Senior Leaving Certificate Examination (including Day School Certificate (Higher) General paper), 1946
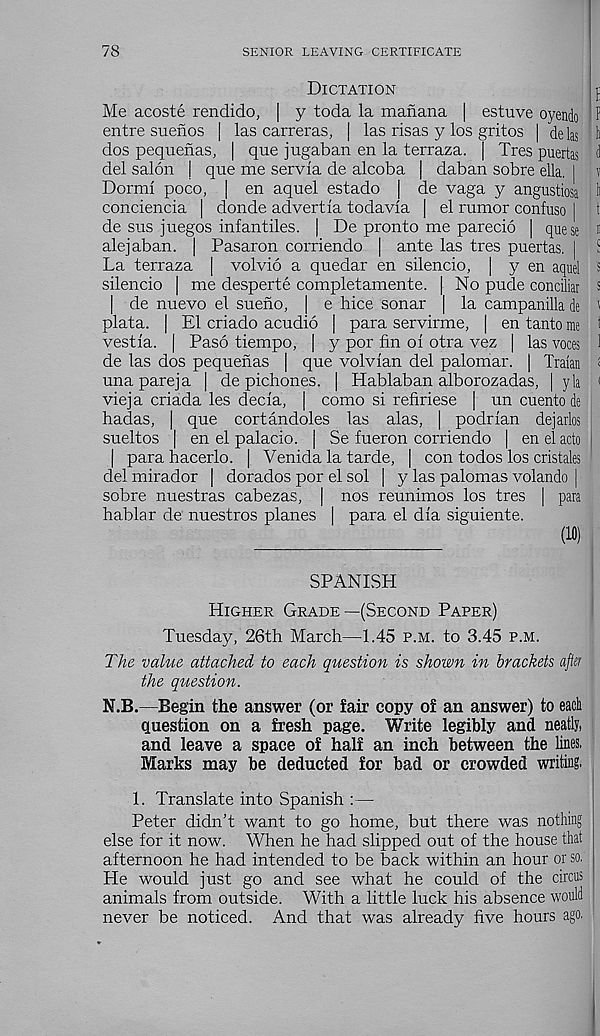
78
SENIOR LEAVING CERTIFICATE
Dictation
j
Me acoste rendido, | y toda la manana | estuve oyendo f
entre suenos | las carreras, | las risas y los gritos | delas 1>
dos pequenas, | que jugaban en la terraza. | Tres puertas ^
del salon j que me servia de alcoba | daban sobre ella. | v
Dormi poco, | en aquel estado [ de vaga y angustiosa ^
conciencia | donde advertia todavla | el rumor confuso | t
de sus juegos infantiles. | De pronto me parecio | quese »
alejaban. | Pasaron corriendo | ante las tres puertas. | S
La terraza | volvio a quedar en silencio, | y en aquel ' s
silencio | me desperte completamente. | No pude conciliar s
de nuevo el sueno, | e bice sonar | la campanilla de '
plata. | El criado acudio | para servirme, | en tanto me t
vestia. | Paso tiempo, | y por fin ol otra vez | las voces 1
de las dos pequenas | que volvlan del palomar. | Traian <
unapareja | de pichones. | Hablaban alborozadas, | yla (
vieja criada les decla, | como si refiriese | un cuento de
hadas, | que cortandoles las alas ; | podrlan dejarlos
sueltos | en el palacio. | Se fueron corriendo | en el ado
| para hacerlo. [ Venida la tarde, | con todos los cristales
del mirador | dorados por el sol | y las palomas volando |
sobre nuestras cabezas, | nos reunimos los tres | para
hablar de nuestros planes | para el dia siguiente.
(10)
SPANISH
Higher Grade—(Second Paper)
Tuesday, 26th March—1.45 p.m. to 3.45 p.m.
The value attached to each question is shown in brackets after
the question.
N.B.—Begin the answer (or fair copy of an answer) to each
question on a fresh page. Write legibly and neatly,
and leave a space of half an inch between the lines.
Marks may be deducted for bad or crowded writing.
1. Translate into Spanish :—
Peter didn't want to go home, but there was nothing
else for it now. When he had slipped out of the house that
afternoon he had intended to be back within an hour or so.
He would just go and see what he could of the circus
animals from outside. With a little luck his absence would
never be noticed. And that was already five hours ago.